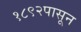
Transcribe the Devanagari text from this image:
१८९२पासून